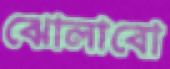
ঝোলাবো